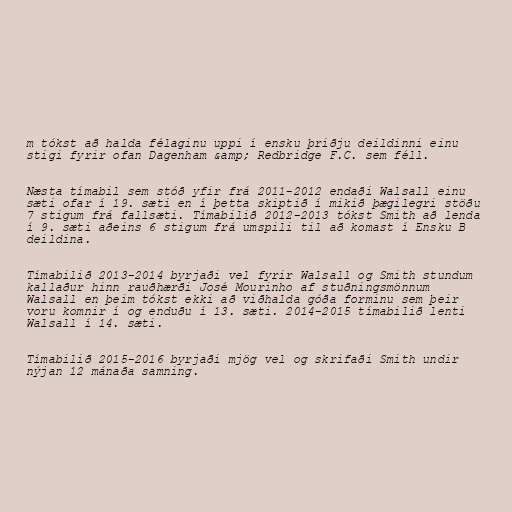
m tókst að halda félaginu uppi í ensku þriðju deildinni einu
stigi fyrir ofan Dagenham &amp; Redbridge F.C. sem féll.

Næsta tímabil sem stóð yfir frá 2011-2012 endaði Walsall einu
sæti ofar í 19. sæti en í þetta skiptið í mikið þægilegri stöðu
7 stigum frá fallsæti. Tímabilið 2012-2013 tókst Smith að lenda
í 9. sæti aðeins 6 stigum frá umspili til að komast í Ensku B
deildina.

Tímabilið 2013-2014 byrjaði vel fyrir Walsall og Smith stundum
kallaður hinn rauðhærði José Mourinho af stuðningsmönnum
Walsall en þeim tókst ekki að viðhalda góða forminu sem þeir
voru komnir í og enduðu í 13. sæti. 2014-2015 tímabilið lenti
Walsall í 14. sæti.

Tímabilið 2015-2016 byrjaði mjög vel og skrifaði Smith undir
nýjan 12 mánaða samning.